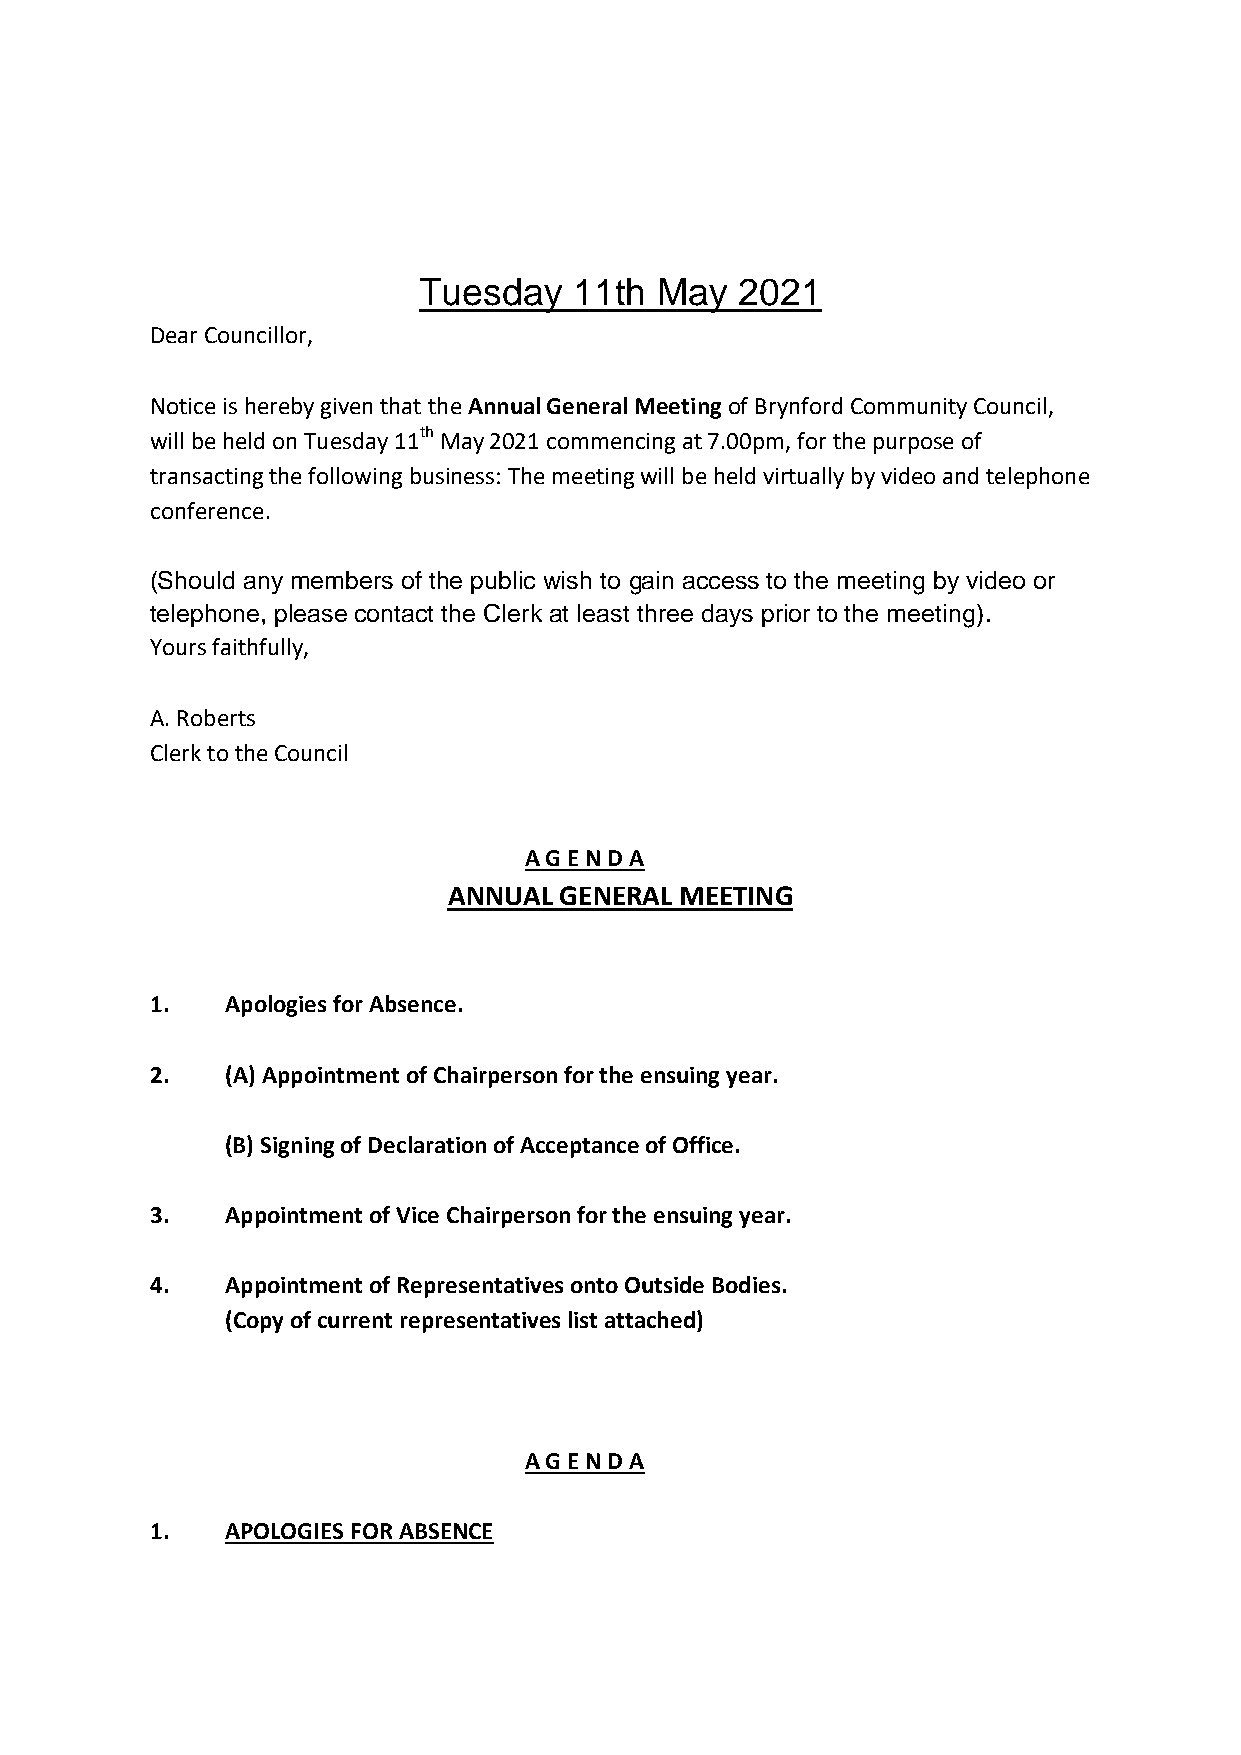
Tuesday   11th May   2021
 Dear Councillor,
 Notice is hereby given that the Annual General Meeting of Brynford Community Council,
 will be held on Tuesday 11th May 2021 commencing at 7.00pm, for the purpose of
 transacting the following business: The meeting will be held virtually by video and telephone
 conference.
 (Should any members of the public wish to gain access to the meeting by video or
 telephone, please contact the Clerk at least three days prior to the meeting).
 Yours faithfully,
 A. Roberts
 Clerk to the Council
 A G E N D A
 ANNUAL GENERAL MEETING
 1.   Apologies for Absence.
 2.   (A) Appointment of Chairperson for the ensuing year.
 (B) Signing of Declaration of Acceptance of Office.
 3.   Appointment of Vice Chairperson for the ensuing year.
 4.   Appointment of Representatives onto Outside Bodies.
 (Copy of current representatives list attached)
 A G E N D A
 1.   APOLOGIES FOR ABSENCE